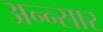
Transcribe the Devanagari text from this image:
अन्न्सार